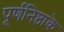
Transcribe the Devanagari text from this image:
पूर्णनिष्ठाके